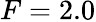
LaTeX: F=2.0